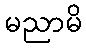
မညာမိ